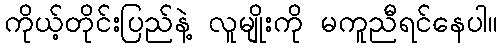
ကိုယ့်တိုင်းပြည်နဲ့ လူမျိုးကို မကူညီရင်နေပါ။